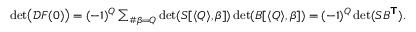
\begin{array} { r } { \operatorname* { d e t } \bigl ( \mathcal { D } \boldsymbol { F } ( \boldsymbol { 0 } ) \bigr ) = ( - 1 ) ^ { Q } \sum _ { \# \beta = Q } \operatorname* { d e t } ( S [ \langle Q \rangle , \beta ] ) \operatorname* { d e t } ( B [ \langle Q \rangle , \beta ] ) = ( - 1 ) ^ { Q } \operatorname* { d e t } ( S B ^ { \boldsymbol { \mathsf { T } } } ) . } \end{array}